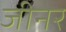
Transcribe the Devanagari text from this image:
जीनर